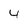
Character: 4